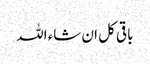
باقی کل ان شاء اللہ